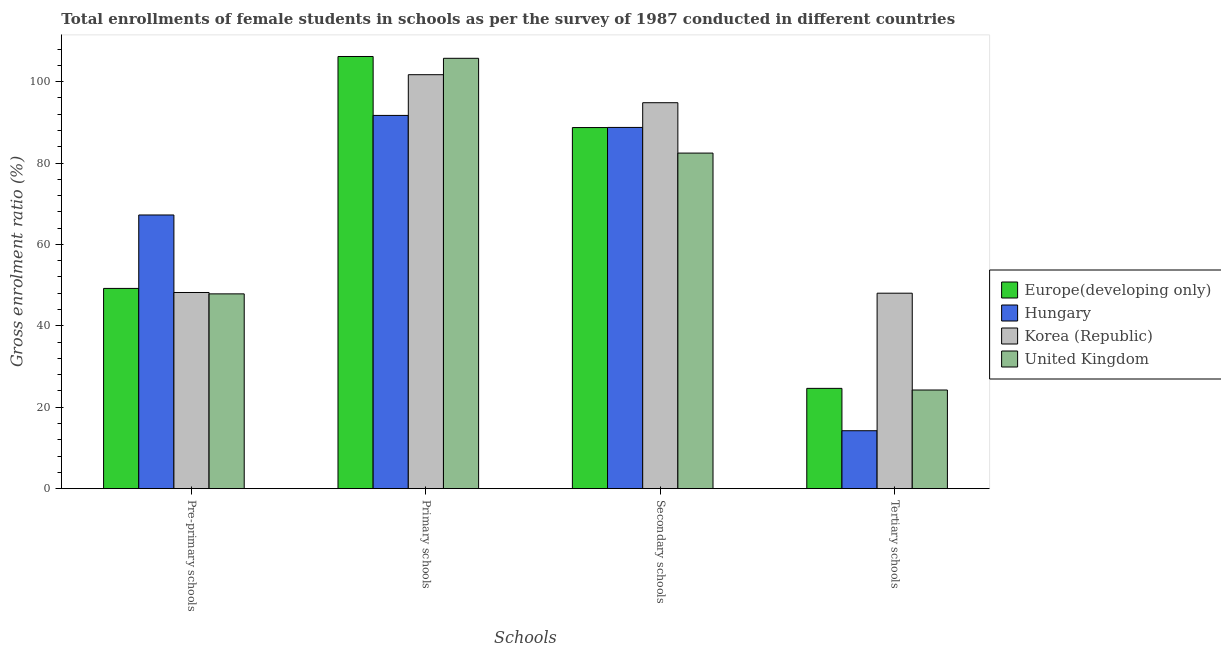
| Schools | Europe(developing only) | Hungary | Korea (Republic) | United Kingdom |
 | --- | --- | --- | --- | --- |
 | Pre-primary schools | 49.2 | 67.2 | 48.2 | 47.9 |
 | Primary schools | 106 | 91.7 | 102 | 106 |
 | Secondary schools | 88.7 | 88.7 | 94.8 | 82.4 |
 | Tertiary schools | 24.6 | 14.2 | 48 | 24.2 |